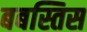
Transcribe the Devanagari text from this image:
बबस्तिस